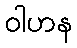
ဝါဟန